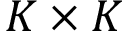
K \times K